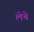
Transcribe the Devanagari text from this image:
लेचे